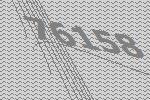
76158